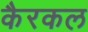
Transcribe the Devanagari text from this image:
कैरकल